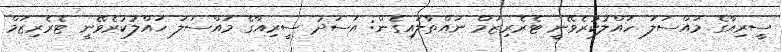
ސީރިއާގެ މައްސަލަ ހައްލުކުރެވޭނީ ޓެރެރިޒަމް ނައްތާލައިގެން: އަަސަދު ސީރިއާގެ މައްސަލަ ހައްލުކުރެވޭނީ ޓެރެރިޒަމް